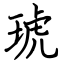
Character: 琥